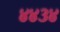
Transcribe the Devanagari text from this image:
४४३४